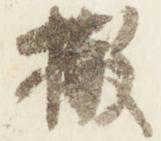
撤